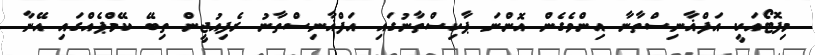
މިފޮޓޯއަކީ އަފްޣާނިސްތާނާ އިންވެގެން އޮންނަ ޕާކިސްތާނުގައި އަފްޣާނިސްތާނު ރެފިއުޖީން ތިބޭ ކޭމްޕެއްގައި އޭނާ